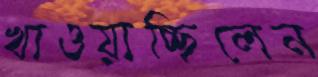
খাওয়াচ্ছিলেন